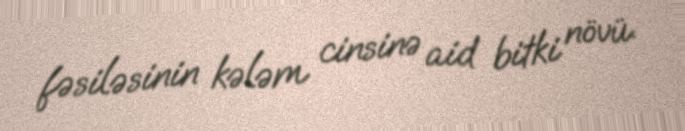
fəsiləsinin kələm cinsinə aid bitki növü.